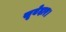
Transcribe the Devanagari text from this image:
सूबेदार।